Civil Veterinary Department Bihar reports 1936-40 - 1936-1940
Year: 1936
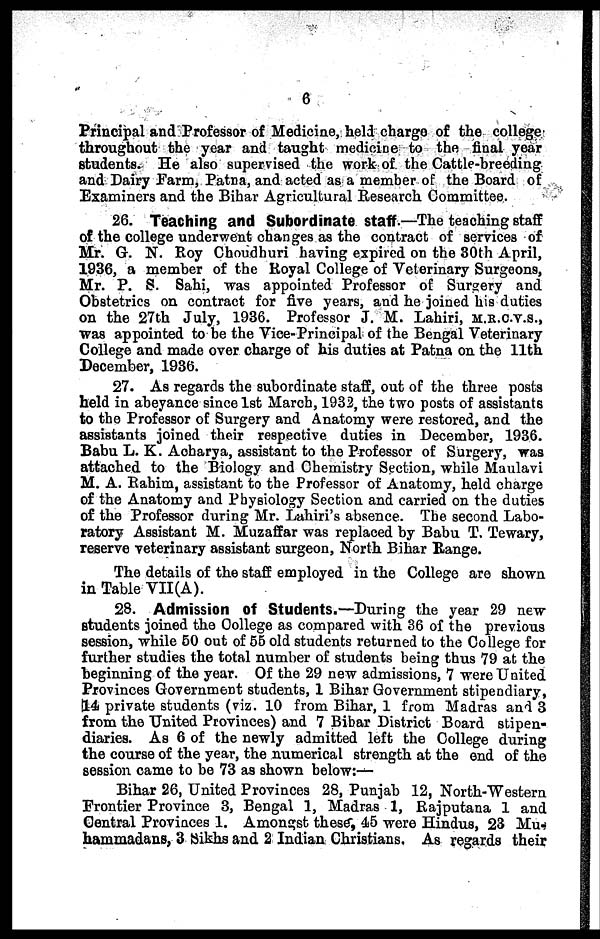
6
Principal and Professor of Medicine, held charge of the college
throughout the year and taught medicine to the final year
students. He also supervised the work of the Cattle-hreeding
and Dairy Farm, Patna, and acted as a member of the Board of
Examiners and the Bihar Agricultural Research Committee.
26. Teaching and Subordinate staff.—The teaching staff
of the college underwent changes as the contract of services of
Mr. G. N. Roy Choudhuri having expired on the 30th April,
1936, a member of the Royal College of Veterinary Surgeons,
Mr. P. S. Sahi, was appointed Professor of Surgery and
Obstetrics on contract for five years, and he joined his duties
on the 27th July, 1936. Professor J. M. Lahiri, m.r.c.v.s.,
was appointed to be the Vice-Principal of the Bengal Veterinary
College and made over charge of his duties at Patna on the 11th
December, 1936.
27. As regards the subordinate staff, out of the three posts
held in abeyance since 1st March, 1932, the two posts of assistants
to the Professor of Surgery and Anatomy were restored, and the
assistants joined their respective duties in December, 1936.
Babu L. K. Aoharya, assistant to the Professor of Surgery, was
attached to the Biology and Chemistry Section, while Maulavi
M. A. Rahim, assistant to the Professor of Anatomy, held charge
of the Anatomy and Physiology Section and carried on the duties
of the Professor during Mr. Lahiri's absence. The second Labo-
ratory Assistant M. Muzaffar was replaced by Babu T. Tewary,
reserve veterinary assistant surgeon, North Bihar Range.
The details of the staff employed in the College are shown
in Table VII(A).
28. Admission of Students.—During the year 29 new
students joined the College as compared with 36 of the previous
session, while 50 out of 55 old students returned to the College for
further studies the total number of students being thus 79 at the
beginning of the year. Of the 29 new admissions, 7 were United
Provinces Government students, 1 Bihar Government stipendiary,
14 private students (viz. 10 from Bihar, 1 from Madras and 3
from the United Provinces) and 7 Bibar District Board stipen-
diaries. As 6 of the newly admitted left the College during
the course of the year, the numerical strength at the end of the
session came to be 73 as shown below:—
Bihar 26, United Provinces 28, Punjab 12, North-Western
Frontier Province 3, Bengal 1, Madras 1, Rajputana 1 and
Central Provinces 1. Amongst these, 45 were Hindus, 23 Mu-
hammadans, 3 Sikhs and 2 Indian Christians. As regards their